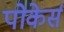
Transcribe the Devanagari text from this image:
पोकेर्स